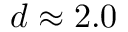
d \approx 2 . 0